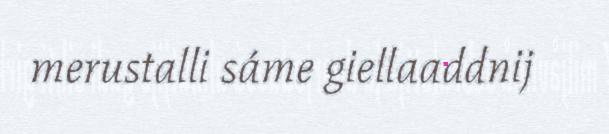
merustalli sáme giellaaddnij